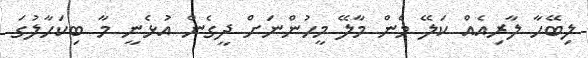
ލިބޭހާ ލާރިއެއް ކަލޭ މެން މާލޭ މީހުންނަށް ދީގެން އުޅެނީ މާ ބިކަހާލުގަ